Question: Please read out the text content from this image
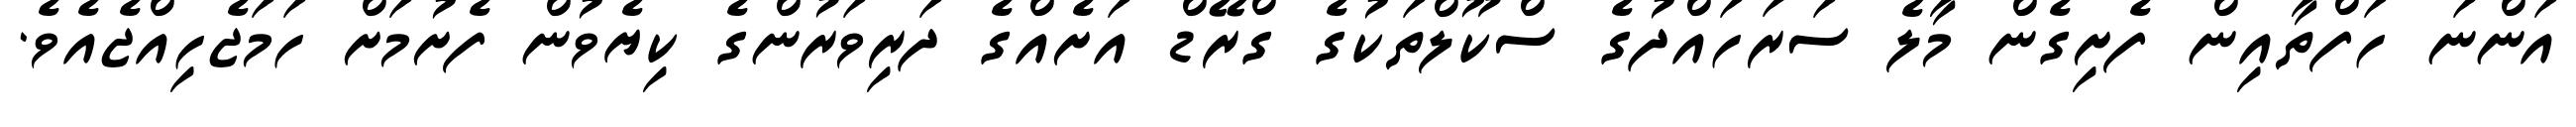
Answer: އަންނަ ހަފްތާއިން ފެށިގެން މާލެ ސަރަހައްދުގެ ސްކޫލްތަކުގެ ގްރޭޑް އަށެއްގެ ދަރިވަރުންގެ ކިޔެވުން ފެށުމަށް ހަމަޖެހިއްޖެއެވެ.